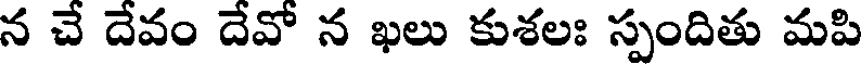
న చే దేవం దేవో న ఖలు కుశలః స్పందితు మపి